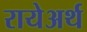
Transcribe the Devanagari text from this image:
रायेअर्थ